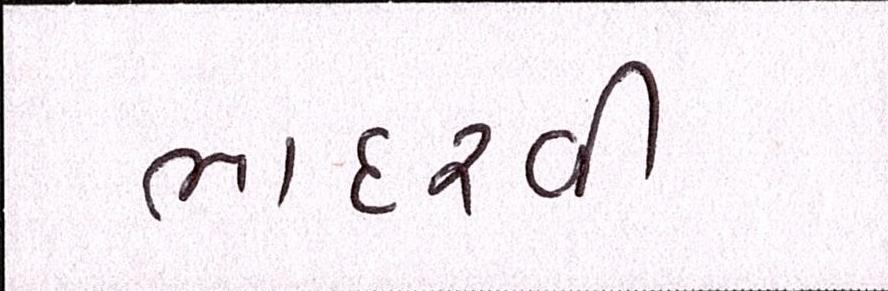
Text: ભાદરવી